Annual statistical returns and brief notes on vaccination in Bengal - 1887-1898
Year: 1887
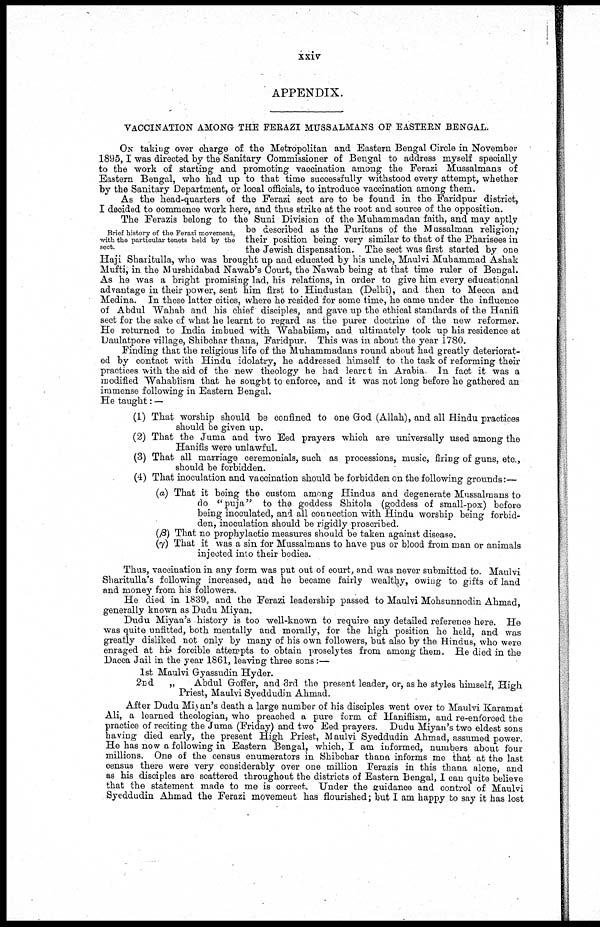
xxiv
APPENDIX.
VACCINATION AMONG THE FERAZI MUSSALMANS OF EASTERN BENGAL.
ON taking over charge of the Metropolitan and Eastern Bengal Circle in November
1895,I was directed by the Sanitary Commissioner of Bengal to address myself specially
to the work of starting and promoting vaccination among the Ferazi Mussalmans of
Eastern Bengal, who had up to that time successfully withstood every attempt, whether
by the Sanitary Department, or local officials, to introduce vaccination among them.
As the head-quarters of the Ferazi sect are to be found in the Faridpur district,
I decided to commence work here, and thus strike at the root and source of the opposition.
Brief history of the Ferazi movement,
with the particular tenets held by the
sect.
The Ferazis belong to the Suni Division of the Muhammadan faith, and may aptly
be described as the Puritans of the Mussalman religion,
their position being very similar to that of the Pharisees in
the Jewish dispensation. The sect was first started by one
Haji Sharitulla, who was brought up and educated by his uncle, Maulvi Muhammad Ashak
Mufti, in the Murshidabad Nawab's Court, the Nawab being at that time ruler of Bengal.
As he was a bright promising lad, his relations, in order to give him every educational
advantage in their power, sent him first to Hindustan (Delhi), and then to Mecca and
Medina. In these latter cities, where he resided for some time, he came under the influence
of Abdul Wahab and his chief disciples, and gave up the ethical standards of the Hanifi
sect for the sake of what he learnt to regard as the purer doctrine of the new reformer.
He returned to India imbued with Wahabiism, and ultimately took up his residence at
Daulatpore village, Shibchar thana, Faridpur. This was in about the year 1780.
Finding that the religious life of the Muhammadans round about had greatly deteriorat-
ed by contact with Hindu idolatry, he addressed himself to the task of reforming their
practices with the aid of the new theology he had learnt in Arabia. In fact it was a
modified Wahabîism that he sought to enforce, and it was not long before he gathered an
immense following in Eastern Bengal.
He taught: —
(1) That worship should be confined to one God (Allah), and all Hindu practices
should be given up.
(2) That the Juma and two Eed prayers which are universally used among the
Hanifis were unlawful.
(3) That all marriage ceremonials, such as processions, music, firing of guns, etc.,
should be forbidden.
(4) That inoculation and vaccination should be forbidden on the following grounds:—
(a) That it being the custom among Hindus and degenerate Mussalmans to
do "puja" to the goddess Shitola (goddess of small-pox) before
being inoculated, and all connection with Hindu worship being forbid-
den, inoculation should be rigidly proscribed.
(β) That no prophylactic measures should be taken against disease.
( γ ) That it was a sin for Mussalmans to have pus or blood from man or animals
injected into their bodies.
Thus, vaccination in any form was put out of court, and was never submitted to. Maulvi
Sharitulla's following increased, and he became fairly wealthy, owing to gifts of land
and money from his followers.
He died in 1839, and the Ferazi leadership passed to Maulvi Mohsunnodin Ahmad,
generally known as Dudu Miyan.
Dudu Miyan's history is too well-known to require any detailed reference here. He
was quite unfitted, both mentally and morally, for the high position he held, and was
greatly disliked not only by many of his own followers, but also by the Hindus, who were
enraged at his forcible attempts to obtain proselytes from among them. He died in the
Dacca Jail in the year 1861, leaving three sons:—
1st Maulvi Gyassudin Hyder.
2nd
„
Abdul Goffer, and 3rd the present leader, or, as he styles himself, High
Priest, Maulvi Syeddudin Ahmad.
After Dudu Miyan's death a large number of his disciples went over to Maulvi Karamat
Ali, a learned theologian, who preached a pure form of Hanifiism, and re-enforced the
practice of reciting the Juma (Friday) and two Eed prayers. Dudu Miyan's two eldest sons
having died early, the present High Priest, Maulvi Syeddudin Ahmad, assumed power.
He has now a following in Eastern Bengal, which, I am informed, numbers about four
millions. One of the census enumerators in Shibchar thana informs me that at the last
census there were very considerably over one million Ferazis in this thana alone, and
as his disciples are scattered throughout the districts of Eastern Bengal, I can quite believe
that the statement made to me is correct. Under the guidance and control of Maulvi
Syeddudin Ahmad the Ferazi movement has flourished; but I am happy to say it has lost